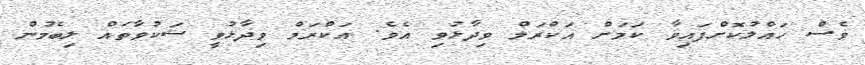
ވެސް ހައްލުކޮށްފައިވާ ކަމަށް އަކްރަމް ވިދާޅުވި އެވެ. އަކްރަމް ވިދާޅުވީ ޝަކުވާތައް ލިބެމުން